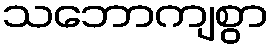
သဘောကျစွာ